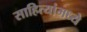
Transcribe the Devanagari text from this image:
साहित्यांमध्ये